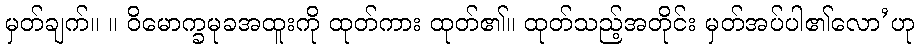
မှတ်ချက်။ ။ ဝိမောက္ခမုခအထူးကို ထုတ်ကား ထုတ်၏။ ထုတ်သည့်အတိုင်း မှတ်အပ်ပါ၏လော’ဟု